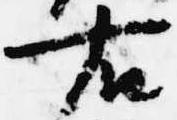
右